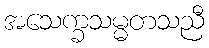
အသေက္ခသမ္မတသညီ